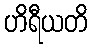
ဟိရီယတိ